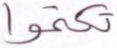
تكتموا